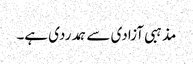
مذہبی آزادی سے ہمدردی ہے۔